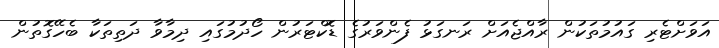
އަވަށްޓެރި ގައުމުތަކުން ރާއްޖެއަށް ރަނގަޅު ފެންވަރުގެ ޑޮކްޓަރުން ހޯދުމުގައި ދިމާވާ ދަތިތަކާ ބެހޭގޮތުން